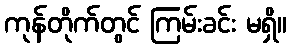
ကုန်တိုက်တွင် ကြမ်းခင်း မရှိ။